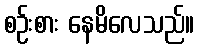
စဉ်းစား နေမိလေသည်။